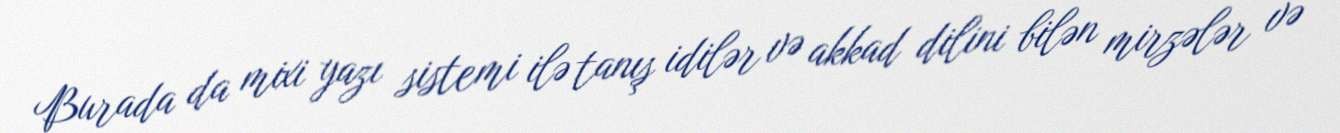
Burada da mixi yazı sistemi ilə tanış idilər və akkad dilini bilən mirzələr və